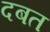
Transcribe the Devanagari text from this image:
दबत